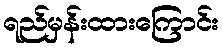
ရည်မှန်းထားကြောင်း